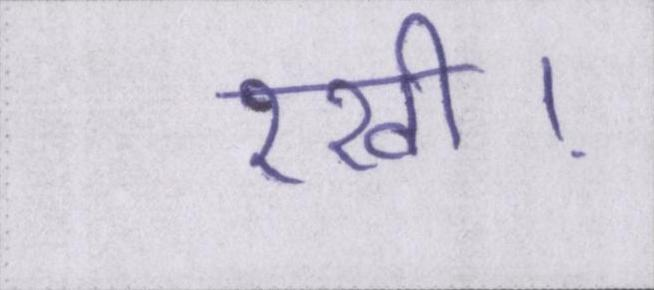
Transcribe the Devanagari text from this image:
रखी।